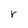
Character: r